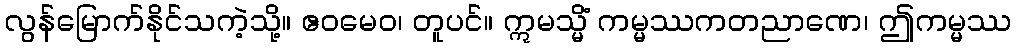
လွန်မြောက်နိုင်သကဲ့သို့။ ဧဝမေဝ၊ တူပင်။ ဣမသ္မိံ ကမ္မဿကတညာဏေ၊ ဤကမ္မဿ